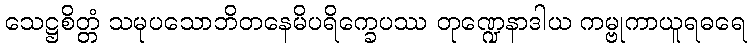
သေဋ္ဌစိတ္တံ သမုပသောဘိတနေမိပရိက္ခေပဿ တုဏ္ဍေနာဒါယ ကမ္ဗုကာယူရဓရေ